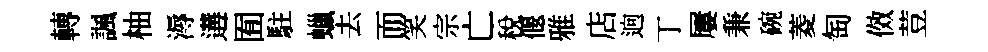
轉諷柚溽遘囿駐蠟去而笑宗亡稅偃雅店逈丁屢兼碗菱匋傚荳